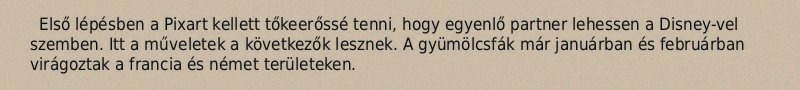
Első lépésben a Pixart kellett tőkeerőssé tenni, hogy egyenlő partner lehessen a Disney-vel szemben. Itt a műveletek a következők lesznek. A gyümölcsfák már januárban és februárban virágoztak a francia és német területeken.